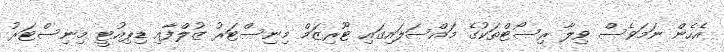
އެހެން ނަމަވެސް ވިލާ ރިސޯޓްތަކުގެ މައްސަލައިގައި ޓޫރިޒަމް މިނިސްޓަރު ޒުލްފާއި ޑިޕިއުޓީ މިނިސްޓަރު